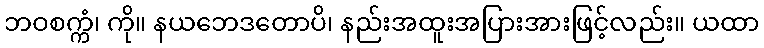
ဘဝစက္ကံ၊ ကို။ နယဘေဒတောပိ၊ နည်းအထူးအပြားအားဖြင့်လည်း။ ယထာ